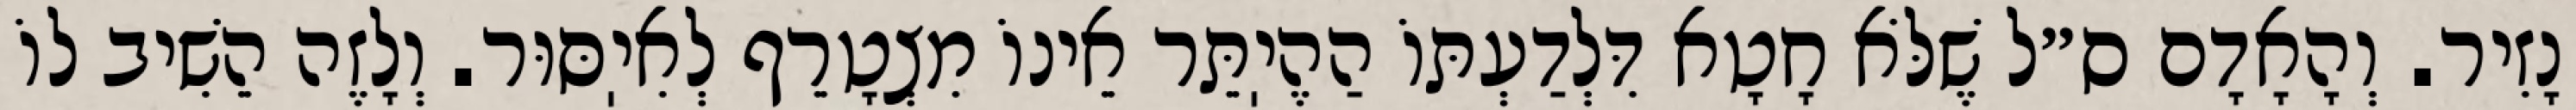
נָזִיר. וְהָאָדָם ס״ל שֶׁלֹּא חָטָא דִּלְדַעְתּוֹ הַהֶיֽתֵּר אֵינוֹ מִצְטָרֵף לְאִיֽסּוּר. וְלָזֶה הֵשִׁיב לוֹ